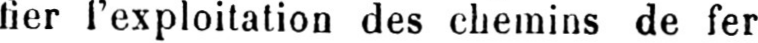
fier l’exploitation des chemins de fer